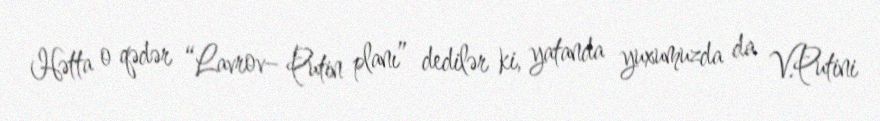
Hətta o qədər “Lavrov– Putin planı” dedilər ki, yatanda yuxumuzda da V.Putini